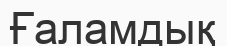
Ғаламдық